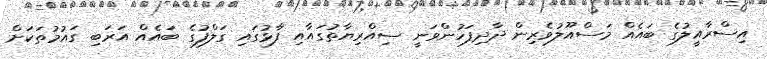
އިސްރާއީލުގެ ބައެއް މަސްއޫލުވެރިން ދާދިފަހުންވަނީ ސިއްރިޔާތުގައާއި ފާޅުގައި ގަލްފުގެ ބައެއް އަރަބި ގައުމުތަކަށް